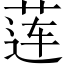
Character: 莲